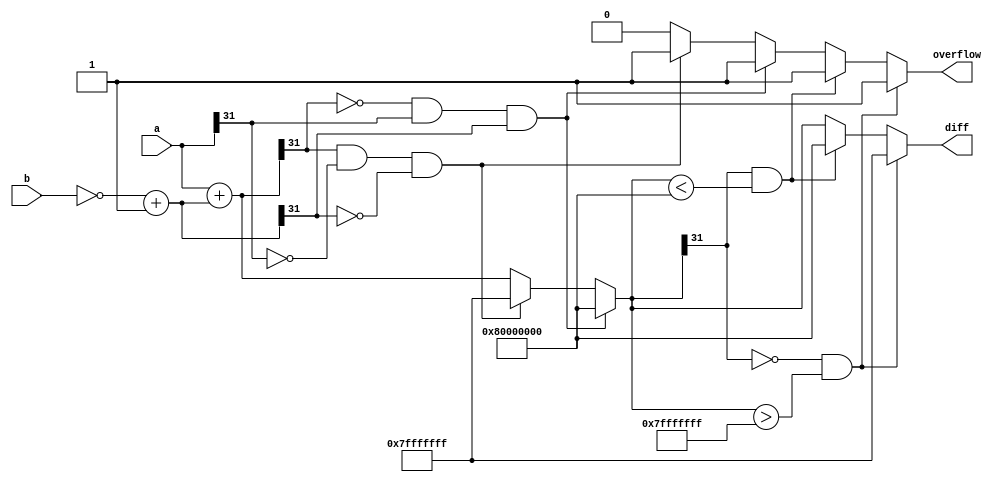
`timescale 1ns / 1ps
//////////////////////////////////////////////////////////////////////////////////
// Mississippi State University 
// ECE 4532-4542 Senior Design
// 
// Module Name:    L_sub
// Project Name: 	 ITU G.729 Hardware Implementation
// Target Devices: Virtex 5
// Tool versions:  Xilinx 9.2i
// Description: 	This is a function to subtract two numbers and  check for overflow.
// 					It is modeled after the L_sub function in the C code
// Dependencies: 	 N/A
//
// Revision: 
// Revision 0.01 - File Created
// Additional Comments: 
//
//////////////////////////////////////////////////////////////////////////////////

module L_sub(a,b,overflow,diff);

input [31:0] a,b;
output overflow;
output [31:0] diff;

wire signed [31:0] a,b,bneg;
assign bneg = (~b)+32'd1;
reg overflow;
reg signed [31:0] diff;
reg signed [31:0] temp;

parameter MIN_32 = 32'h8000_0000;
parameter MAX_32 = 32'h7fff_ffff;

always @(*) begin

	overflow = 0;	
	temp = a+bneg;
	
    if ((temp[31] ==0) && (a[31] == 1) && (bneg[31] == 1)) // neg+neg=pos NOT ALLOWED
	 begin
      temp = 32'h8000_0000;
		overflow = 1;
	 end
    else if ((temp[31] == 1) && (a[31] == 0) && (bneg[31] == 0)) // pos+pos=neg NOT ALLOWED
	 begin
      temp = 32'h7fff_ffff;
		overflow = 1;
	 end
    
	 
	if((temp[31] == 0) && (temp > MAX_32))
	begin
		temp = MAX_32;
		overflow = 1;
	end

	else if((temp[31] == 1) && (temp < MIN_32))
	begin
		temp = MIN_32;
		overflow = 1;
	end

	diff = temp;
end //end always

endmodule